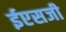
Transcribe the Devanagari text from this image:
ईएसजी